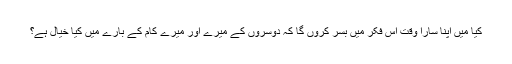
کیا میں اپنا سارا وقت اس فکر میں بسر کروں گا کہ دوسروں کے میرے اور میرے کام کے بارے میں کیا خیال ہے؟